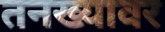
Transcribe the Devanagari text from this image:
तनख्यावर